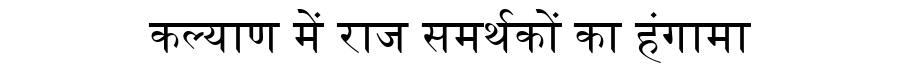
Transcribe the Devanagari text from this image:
कल्याण में राज समर्थकों का हंगामा